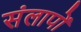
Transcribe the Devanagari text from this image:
संलापों